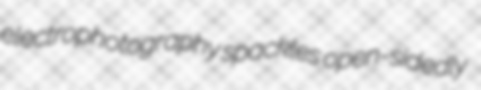
electrophotography spackles open-sidedly